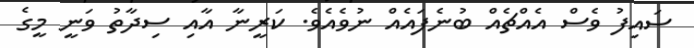
ސައިފު ވެސް އެއްޗެއް ބުނެފައެއް ނުވެއެވެ. ކަރީނާ އާއި ސިދާތު ވަނީ މީގެ